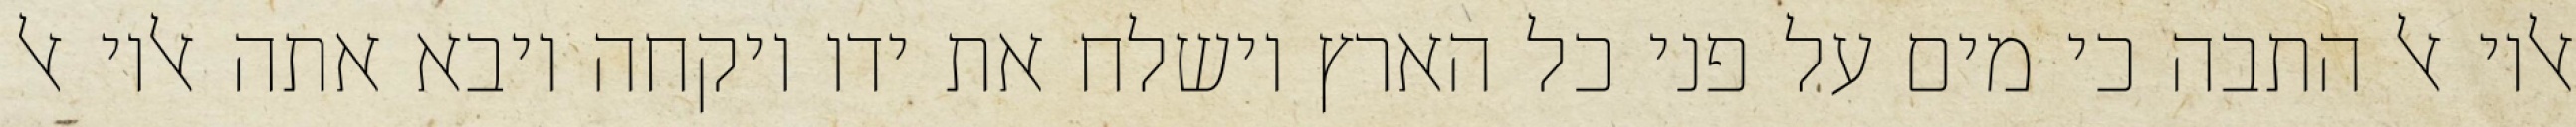
אליו אל התבה כי מים על פני כל הארץ וישלח את ידו ויקחה ויבא אתה אליו אל